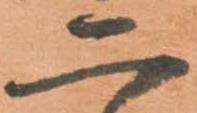
二